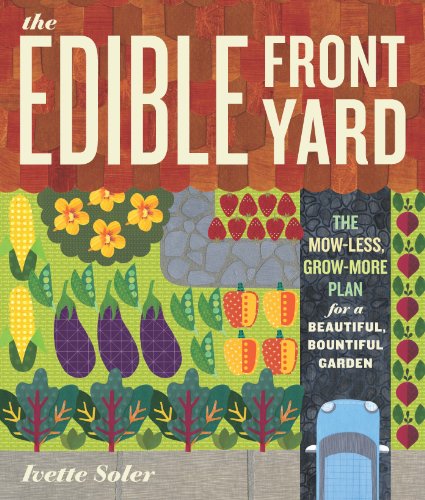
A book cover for The Edible Front Yard: The Mow-Less, Grow-More Plan for a Beautiful, Bountiful Garden; Ivette Soler; Crafts, Hobbies & Home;